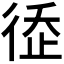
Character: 𢔗